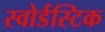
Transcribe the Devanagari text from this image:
स्वोर्डस्टिक